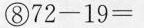
⑧ $$7 2 - 1 9 =$$